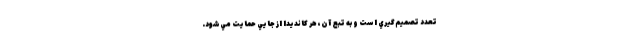
تعدد تصميم‌گيري است و به تبع آن، هر كانديدا از جايي حمايت مي‌شود.